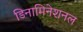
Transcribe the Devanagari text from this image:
डिनामिनेशनल